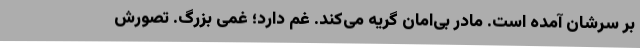
بر سرشان آمده است. مادر بی‌امان گریه می‌کند. غم دارد؛ غمی بزرگ. تصورش